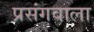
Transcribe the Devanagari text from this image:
प्रसंगवाला